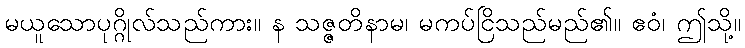
မယူသောပုဂ္ဂိုလ်သည်ကား။ န သဇ္ဇတိနာမ၊ မကပ်ငြိသည်မည်၏။ ဧဝံ၊ ဤသို့။